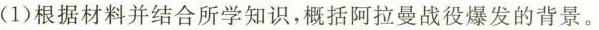
(1)根据材料并结合所学知识，概括阿拉曼战爆发的背景。